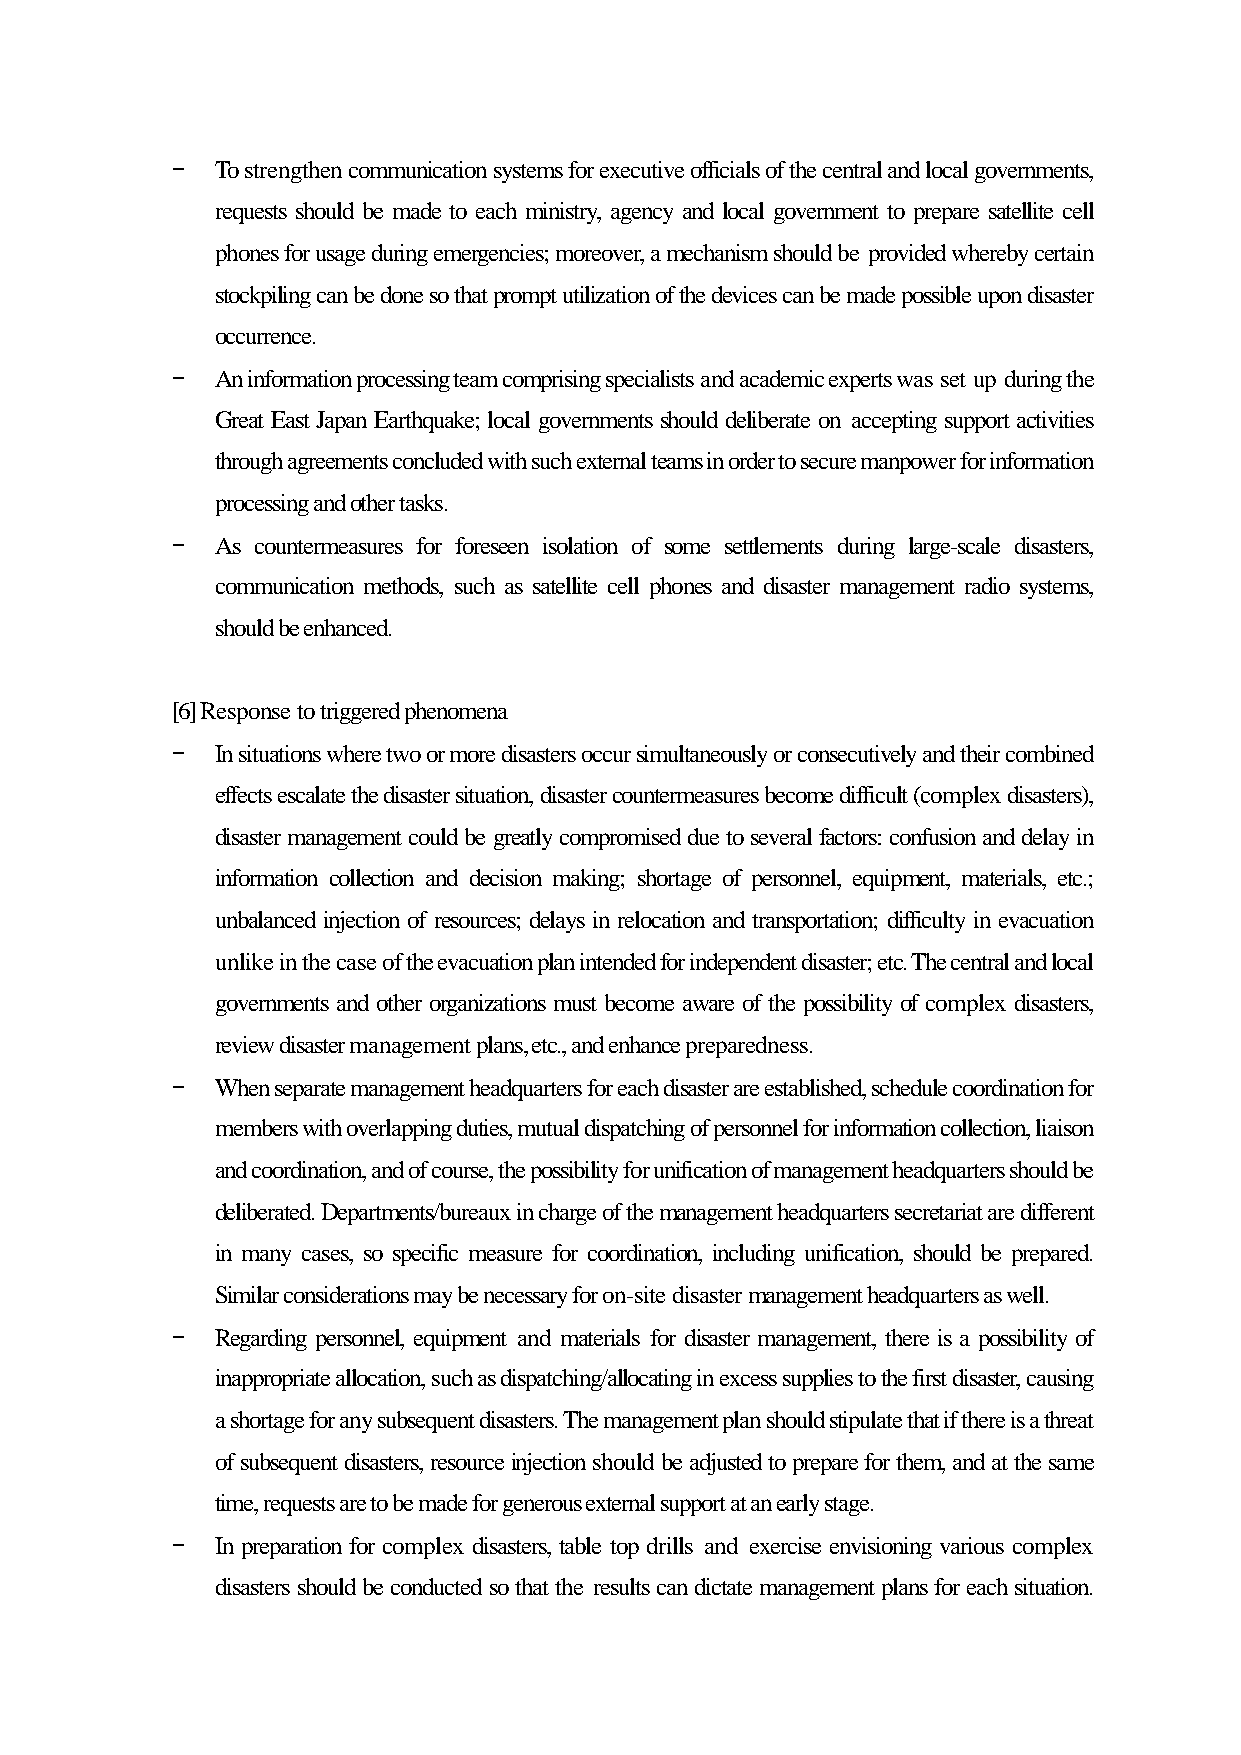
-  To strengthen communication systems for executive officials of the central and local governments,
 requests should be made to each ministry, agency and local government to prepare satellite cell
 phones for usage during emergencies; moreover, a mechanism should be provided whereby certain
 stockpiling can be done so that prompt utilization of the devices can be made possible upon disaster
 occurrence.
 -  An information processing team comprising specialists and academic experts was set up during the
 Great East Japan Earthquake; local governments should deliberate on accepting support activities
 through agreements concluded with such external teams in order to secure manpower for information
 processing and other tasks.
 -  As countermeasures for foreseen isolation of some settlements during large-scale disasters,
 communication methods, such as satellite cell phones and disaster management radio systems,
 should be enhanced.
 [6] Response to triggered phenomena
 -  In situations where two or more disasters occur simultaneously or consecutively and their combined
 effects escalate the disaster situation, disaster countermeasures become difficult (complex disasters),
 disaster management could be greatly compromised due to several factors: confusion and delay in
 information collection and decision making; shortage of personnel, equipment, materials, etc.;
 unbalanced injection of resources; delays in relocation and transportation; difficulty in evacuation
 unlike in the case of the evacuation plan intended for independent disaster; etc. The central and local
 governments and other organizations must become aware of the possibility of complex disasters,
 review disaster management plans, etc., and enhance preparedness.
 -  When separate management headquarters for each disaster are established, schedule coordination for
 members with overlapping duties, mutual dispatching of personnel for information collection, liaison
 and coordination, and of course, the possibility for unification of management headquarters should be
 deliberated. Departments/bureaux in charge of the management headquarters secretariat are different
 in many cases, so specific measure for coordination, including unification, should be prepared.
 Similar considerations may be necessary for on-site disaster management headquarters as well.
 -  Regarding personnel, equipment and materials for disaster management, there is a possibility of
 inappropriate allocation, such as dispatching/allocating in excess supplies to the first disaster, causing
 a shortage for any subsequent disasters. The management plan should stipulate that if there is a threat
 of subsequent disasters, resource injection should be adjusted to prepare for them, and at the same
 time, requests are to be made for generous external support at an early stage.
 -  In preparation for complex disasters, table top drills and exercise envisioning various complex
 disasters should be conducted so that the results can dictate management plans for each situation.